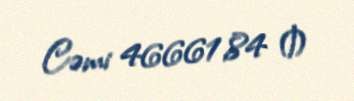
Cəmi 46661,84 ₼